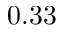
0 . 3 3